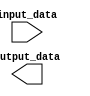
module Generate_Param_Module #(parameter WIDTH = 8, parameter HEIGHT = 8)
(
  input [WIDTH-1:0] input_data,
  output [HEIGHT-1:0] output_data
);

// Module implementation goes here
// Specific functionalities or behaviors can be configured using parameters

endmodule